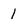
Character: 1